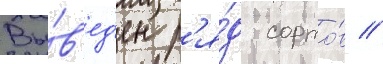
Вы́в'ед'ен р'я́д сорто́в //